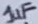
Text: 1uF